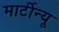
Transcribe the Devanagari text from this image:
मार्टीन्यू